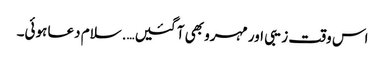
اس وقت زیبی اور مہرو بھی آ گئیں….سلام دعا ہوئی۔